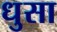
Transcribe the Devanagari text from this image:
धुसा